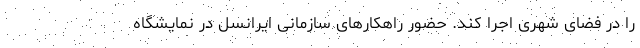
را در فضای شهری اجرا کند. حضور راهکارهای سازمانی ایرانسل در نمایشگاه